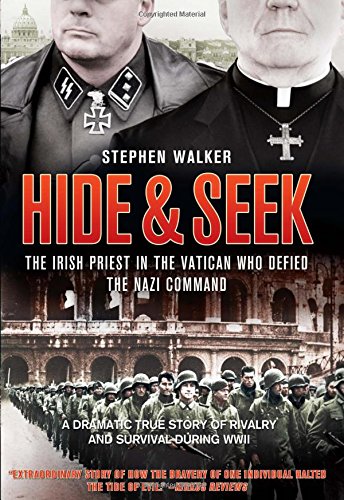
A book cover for Hide & Seek: The Irish Priest In The Vatican Who Defied The Nazi Command; Stephen Walker; Biographies & Memoirs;